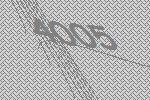
4005